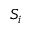
S _ { i }